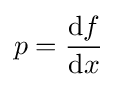
p={\frac {\mathrm {d} f}{\mathrm {d} x}}